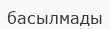
басылмады